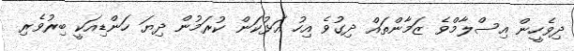
ދިވެހީން އިސްލާމްވެ ޒަމާންތައް ދިގުވެ އިހު އަޅުކަން ކުރަމުން ދިޔަ ހަންޑިއަކީ ބިރުވެރި